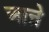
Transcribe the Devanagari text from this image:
आऩे